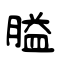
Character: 膉